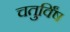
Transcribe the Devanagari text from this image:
चतुर्विंष